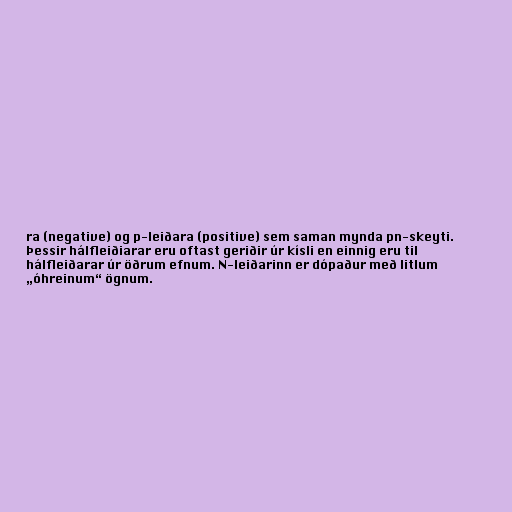
ra (negative) og p-leiðara (positive) sem saman mynda pn-skeyti.
Þessir hálfleiðiarar eru oftast geriðir úr kísli en einnig eru til
hálfleiðarar úr öðrum efnum. N-leiðarinn er dópaður með litlum
„óhreinum“ ögnum.